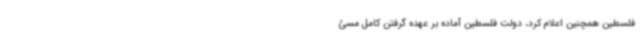
فلسطین همچنین اعلام کرد، دولت فلسطین آماده بر عهده گرفتن کامل مسئ